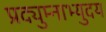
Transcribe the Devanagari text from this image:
प्रद्युम्नाभ्युदय